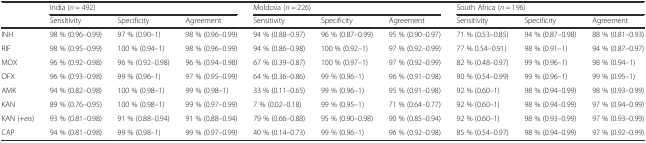
<table><thead><tr><td></td><td colspan="3"><b>India (<i>n</i> = 492)</b></td><td colspan="3"><b>Moldova (<i>n</i> = 226)</b></td><td colspan="3"><b>South Africa (<i>n</i> = 196)</b></td></tr><tr><td></td><td><b>Sensitivity</b></td><td><b>Specificity</b></td><td><b>Agreement</b></td><td><b>Sensitivity</b></td><td><b>Specificity</b></td><td><b>Agreement</b></td><td><b>Sensitivity</b></td><td><b>Specificity</b></td><td><b>Agreement</b></td></tr></thead><tbody><tr><td>INH</td><td>98 % (0.96–0.99)</td><td>97 % (0.90–1)</td><td>98 % (0.96–0.99)</td><td>94 % (0.88–0.97)</td><td>96 % (0.87–0.99)</td><td>95 % (0.90–0.97)</td><td>71 % (0.53–0.85)</td><td>94 % (0.87–0.98)</td><td>88 % (0.81–0.93)</td></tr><tr><td>RIF</td><td>98 % (0.95–0.99)</td><td>100 % (0.94–1)</td><td>98 % (0.96–0.99)</td><td>94 % (0.86–0.98)</td><td>100 % (0.92–1)</td><td>97 % (0.92–0.99)</td><td>77 % 0.54–0.91)</td><td>98 % (0.91–1)</td><td>94 % (0.87–0.97)</td></tr><tr><td>MOX</td><td>96 % (0.92–0.98)</td><td>96 % (0.92–0.98)</td><td>96 % (0.94–0.98)</td><td>67 % (0.39–0.87)</td><td>100 % (0.97–1)</td><td>97 % (0.92–0.99)</td><td>82 % (0.48–0.97)</td><td>99 % (0.96–1)</td><td>98 % (0.94–1)</td></tr><tr><td>OFX</td><td>96 % (0.93–0.98)</td><td>99 % (0.96–1)</td><td>97 % (0.95–0.99)</td><td>64 % (0.36–0.86)</td><td>99 % (0.96–1)</td><td>96 % (0.91–0.98)</td><td>90 % (0.54–0.99)</td><td>99 % (0.96–1)</td><td>99 % (0.95–1)</td></tr><tr><td>AMK</td><td>94 % (0.82–0.98)</td><td>100 % (0.98–1)</td><td>99 % (0.98–1)</td><td>33 % (0.11–0.65)</td><td>99 % (0.96–1)</td><td>95 % (0.91–0.98)</td><td>92 % (0.60–1)</td><td>98 % (0.94–0.99)</td><td>98 % (0.93–0.99)</td></tr><tr><td>KAN</td><td>89 % (0.76–0.95)</td><td>100 % (0.98–1)</td><td>99 % (0.97–0.99)</td><td>7 % (0.02–0.18)</td><td>99 % (0.95–1)</td><td>71 % (0.64–0.77)</td><td>92 % (0.60–1)</td><td>98 % (0.94–0.99)</td><td>97 % (0.94–0.99)</td></tr><tr><td>KAN (+<i>eis</i>)</td><td>93 % (0.81–0.98)</td><td>91 % (0.88–0.94)</td><td>91 % (0.88–0.94)</td><td>79 % (0.66–0.88)</td><td>95 % (0.90–0.98)</td><td>90 % (0.85–0.94)</td><td>92 % (0.60–1)</td><td>98 % (0.93–0.99)</td><td>97 % (0.93–0.99)</td></tr><tr><td>CAP</td><td>94 % (0.81–0.98)</td><td>99 % (0.98–1)</td><td>99 % (0.97–0.99)</td><td>40 % (0.14–0.73)</td><td>99 % (0.96–1)</td><td>96 % (0.92–0.98)</td><td>85 % (0.54–0.97)</td><td>98 % (0.94–0.99)</td><td>97 % (0.92–0.99)</td></tr></tbody></table>